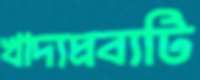
খাদ্যদ্রব্যটি